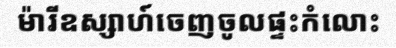
ម៉ារីឧស្សាហ៍ចេញចូលផ្ទះកំលោះ